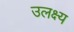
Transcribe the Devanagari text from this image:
उलक्ष्य